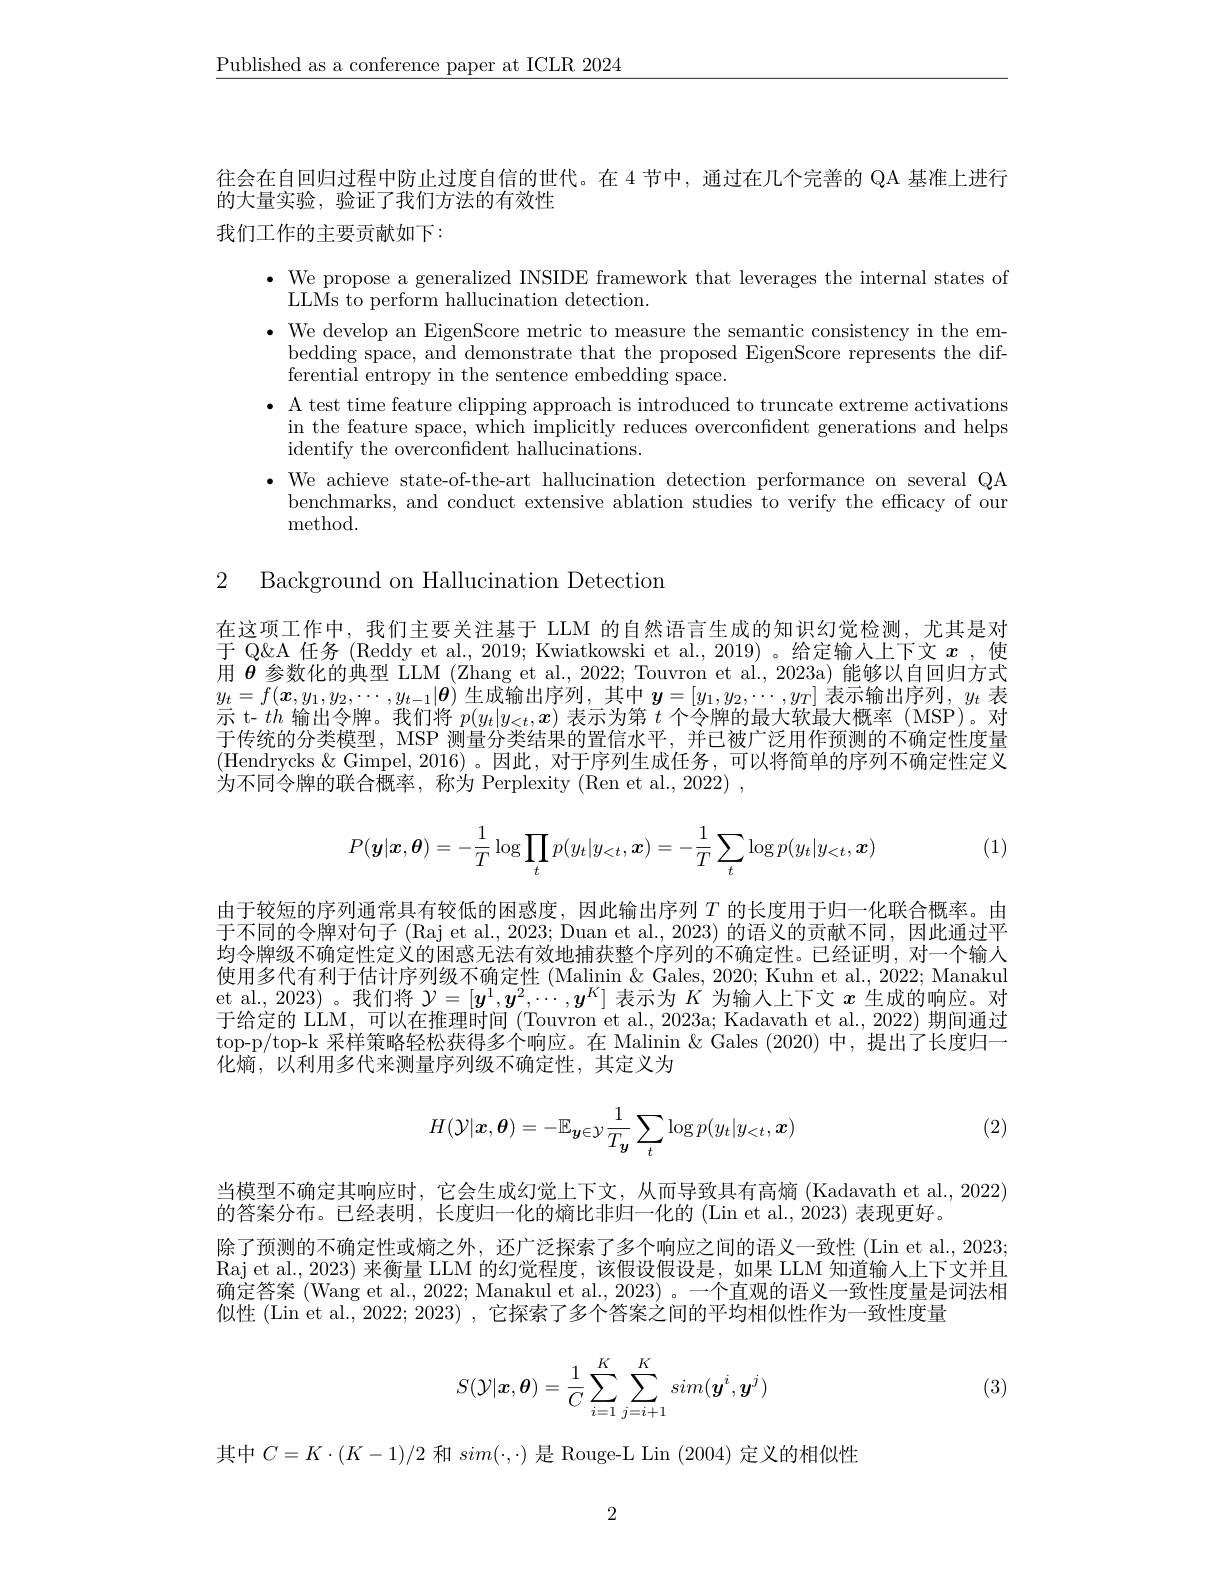
$\underline{\text{Published as a conference paper at ICLR 2024}}$

往会在自回归过程中防止过度自信的世代。在 4 节中，通过在几个完善的 QA 基准上进行
的大量实验，验证了我们方法的有效性

我们工作的主要贡献如下：

$\bullet$ We propose a generalized INSIDE framework that leverages the internal states of
LLMs to perform hallucination detection.
· We develop an EigenScore metric to measure the semantic consistency in the em-
bedding space, and demonstrate that the proposed EigenScore represents the dif-
ferential entropy in the sentence embedding space.
$\bullet$ A test time feature clipping approach is introduced to truncate extreme activations
in the feature space, which implicitly reduces overconfident generations and helps
identify the overconfident hallucinations.
$\bullet$ We achieve state-of-the-art hallucination detection performance on several QA
benchmarks, and conduct extensive ablation studies to verify the effcacy of our
method.

2 Background on Hallucination Detection

在这项工作中，我们主要关注基于 LLM 的自然语言生成的知识幻觉检测，尤其是对于 Q&A 任务 (Reddy et al., 2019; Kwiatkowski et al., 2019) 。给定输入上下文$x$ ,使用$\theta$参数化的典型 LLM (Zhang et al., 2022; Touvron et al., 2023a)能够以自回归方式$y_t=f(\boldsymbol{x},y_1,y_2,\cdots,y_{t-1}|\boldsymbol{\theta})$生成输出序列，其中$\boldsymbol y=[y_1,y_2,\cdots,y_T]$表示输出序列，$y_t$表示 t- $th$输出令牌。我们将$p(y_t|y_{\boldsymbol{<}t},\boldsymbol{x})$表示为第$t$个令牌的最大软最大概率 (MSP)。对于传统的分类模型，MSP 测量分类结果的置信水平，并已被广泛用作预测的不确定性度量(Hendrycks &Gimpel, 2016)。因此，对于序列生成任务，可以将简单的序列不确定性定义为不同令牌的联合概率，称为 Perplexity (Ren et al., 2022) ,
$$P(\boldsymbol{y}|\boldsymbol{x},\boldsymbol{\theta})=-\frac{1}{T}\log\prod_tp(y_t|y_{<t},\boldsymbol{x})=-\frac{1}{T}\sum_t\log p(y_t|y_{<t},\boldsymbol{x})$$
(1)

由于较短的序列通常具有较低的困惑度，因此输出序列$T$的长度用于归一化联合概率。由于不同的令牌对句子 (Raj et al., 2023; Duan et al., 2023) 的语义的贡献不同，因此通过平均令牌级不确定性定义的困惑无法有效地捕获整个序列的不确定性。已经证明，对一个输人使用多代有利于估计序列级不确定性 (Malinin & Gales, 2020; Kuhn et al., 2022; Manakul et al., 2023) 。我们将$\mathcal{Y}=[\boldsymbol{y}^1,\boldsymbol{y}^2,\cdots,\boldsymbol{y}^K]$表示为$K$为输人上下文$x$生成的响应。对于给定的 LLM, 可以在推理时间 (Touvron et al., 2023a; Kadavath et al., 2022) 期间通过top-p/top-k 采样策略轻松获得多个响应。在 Malinin &Gales (2020)中，提出了长度归一化熵，以利用多代来测量序列级不确定性，其定义为
$$H(\mathcal{Y}|\boldsymbol{x},\boldsymbol{\theta})=-\mathbb{E}_{\boldsymbol{y}\in\mathcal{Y}}\frac{1}{T_{\boldsymbol{y}}}\sum_{t}\log p(y_{t}|y_{<t},\boldsymbol{x})$$
(2)

当模型不确定其响应时，它会生成幻觉上下文，从而导致具有高熵 (Kadavath et al., 2022)
的答案分布。已经表明，长度归一化的熵比非归一化的 (Lin et al., 2023) 表现更好。
除了预测的不确定性或熵之外，还广泛探索了多个响应之间的语义一致性 (Lin et al., 2023; Raj et al., 2023) 来衡量 LLM 的幻觉程度，该假设假设是，如果 LLM 知道输人上下文并且确定答案 (Wang et al., 2022; Manakul et al., 2023) 。一个直观的语义一致性度量是词法相似性 (Lin et al., 2022; 2023) , 它探索了多个答案之间的平均相似性作为一致性度量
$$S(\mathcal{Y}|\boldsymbol{x},\boldsymbol{\theta})=\dfrac{1}{C}\sum_{i=1}^K\sum_{j=i+1}^Ksim(\boldsymbol{y}^i,\boldsymbol{y}^j)$$
(3)

其中$C=K\cdot(K-1)/2$和$sim(\cdot,\cdot)$是 Rouge-L Lin (2004)定义的相似性

2